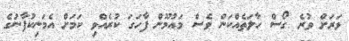
ވަރަށް ވުރެ ގޯސް ހާލަތެއްކަން ވެސް މައުމޫން ފާހަގަ ކުރެއްވި ކަމަށް އެމަނިކުފާނުގެ